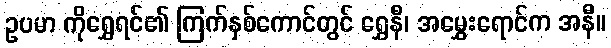
ဥပမာ ကိုရွှေရင်၏ ကြက်နှစ်ကောင်တွင် ရွှေနီ၊ အမွှေးရောင်က အနီ။